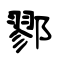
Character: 鄝